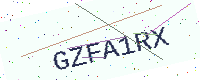
Text: GZFA1RX